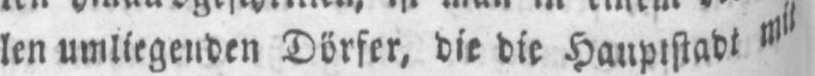
len umliegenden Dörfer, die die Hauptstadt mit